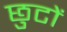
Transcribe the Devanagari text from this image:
छुटों